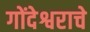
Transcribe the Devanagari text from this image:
गोंदेश्वराचे